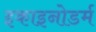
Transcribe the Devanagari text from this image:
इकाइनोडर्म